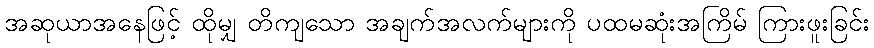
အဆုယာအနေဖြင့် ထိုမျှ တိကျသော အချက်အလက်များကို ပထမဆုံးအကြိမ် ကြားဖူးခြင်း